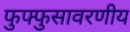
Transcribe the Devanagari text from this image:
फुफ्फुसावरणीय